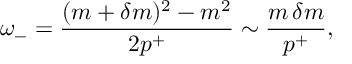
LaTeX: \omega _ { - } = \frac { ( m + \delta m ) ^ { 2 } - m ^ { 2 } } { 2 p ^ { + } } \sim \frac { m \, \delta m } { p ^ { + } } ,